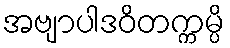
အဗျာပါဒဝိတက္ကမ္ပိ